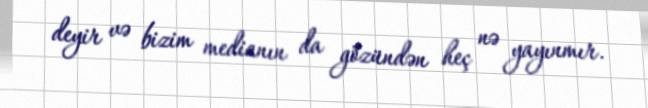
deyir və bizim medianın da gözündən heç nə yayınmır.